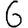
Digit: 6